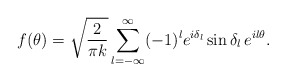
\begin{align*}f(\theta)=\sqrt{2\over\pi k}\sum_{l=-\infty}^{\infty}(-1)^l e^{i\delta_l}\sin\delta_l\,e^{il\theta}.\end{align*}